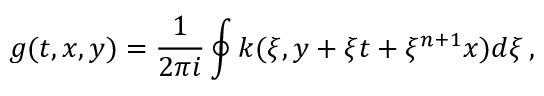
g ( t , x , y ) = \frac { 1 } { 2 \pi i } \oint k ( \xi , y + \xi t + \xi ^ { n + 1 } x ) d \xi \, ,